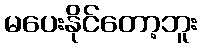
မပေးနိုင်တော့ဘူး